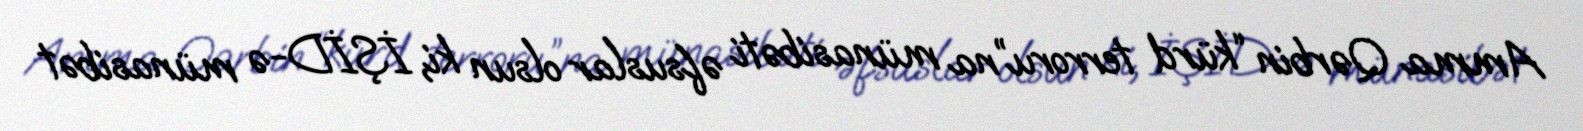
Amma Qərbin “kürd terroru”na münasibəti əfsuslar olsun ki, İŞİD-ə münasibət